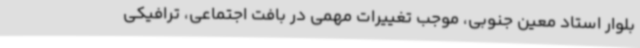
بلوار استاد معین جنوبی، موجب تغییرات مهمی در بافت اجتماعی، ترافیکی